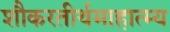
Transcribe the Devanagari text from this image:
शौकरतीर्थमाहात्म्य